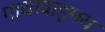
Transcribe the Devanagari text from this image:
गाथावाड्मय